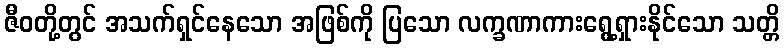
ဇီဝတို့တွင် အသက်ရှင်နေသော အဖြစ်ကို ပြသော လက္ခဏာကားရွေ့ရှားနိုင်သော သတ္တိ